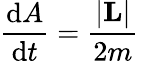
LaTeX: {\frac{\mathrm{d}A}{\mathrm{d}t}}={\frac{\left|\mathbf{L}\right|}{2m}}\,